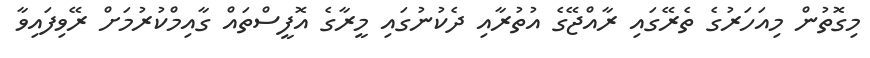
މިގޮތުން މިއަހަރުގެ ތެރޭގައި ރާއްޖޭގެ އުތުރާއި ދެކުނުގައި މީރާގެ އޮފީސްތައް ގާއިމްކުރުމަށް ރޭވިފައިވާ